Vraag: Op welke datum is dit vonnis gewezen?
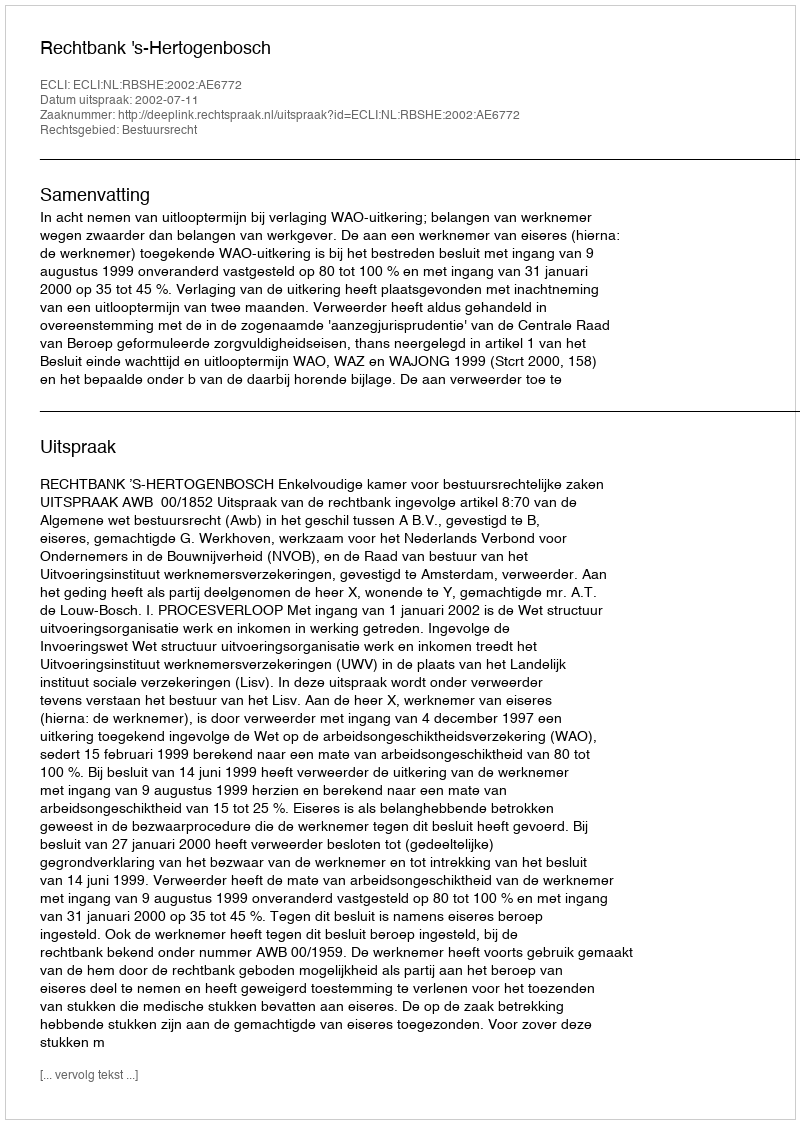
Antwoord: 2002-07-11